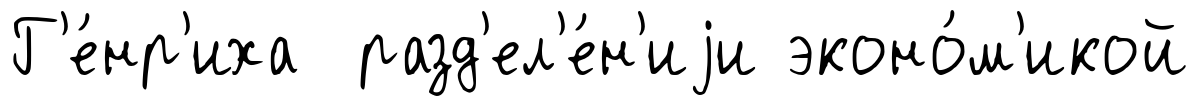
Г'е́нр'иха разд'ел'е́н'иjи эконо́м'икой